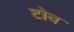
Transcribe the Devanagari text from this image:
टोव